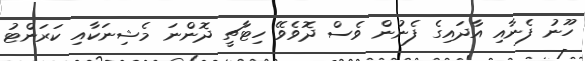
ހޫނު ފެނާއި އާދައިގެ ފެނުން ވެސް ދޮވެވޭ ހިޓާޗީ ދޮންނަ މެޝިނަކާއި ކަރަންޓު